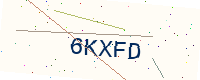
Text: 6KXFD